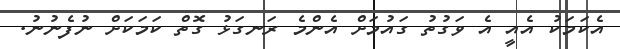
އެކަމަކު އެއީ އެ ވަގުތު ގައުމަށް އެންމެ ރަނގަޅު ގޮތް ކަމަކަށް ނުފެނުނު.